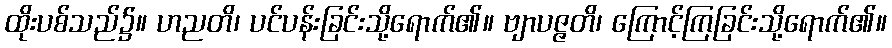
ထိုးပစ်သည်၌။ ဟညတိ၊ ပင်ပန်းခြင်းသို့ရောက်၏။ ဗျာပဇ္ဇတိ၊ ကြောင့်ကြခြင်းသို့ရောက်၏။